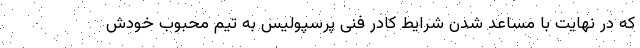
که در نهایت با مساعد شدن شرایط کادر فنی پرسپولیس به تیم محبوب خودش